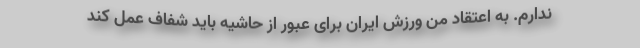
ندارم. به اعتقاد من ورزش ایران برای عبور از حاشیه باید شفاف عمل کند